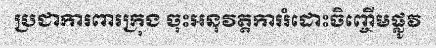
ប្រជាការពារក្រុង ចុះអនុវត្តការរំដោះចិញ្ចើមផ្លូវ